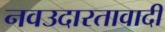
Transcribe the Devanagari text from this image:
नवउदारतावादी